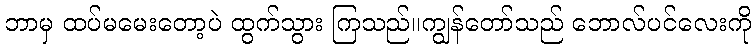
ဘာမှ ထပ်မမေးတော့ပဲ ထွက်သွား ကြသည်။ကျွန်တော်သည် ဘောလ်ပင်လေးကို